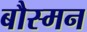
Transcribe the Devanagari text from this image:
बौस्मन